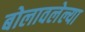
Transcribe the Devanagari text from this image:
बोलावलेल्या